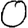
Digit: 0